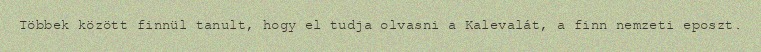
Többek között finnül tanult, hogy el tudja olvasni a Kalevalát, a finn nemzeti eposzt.